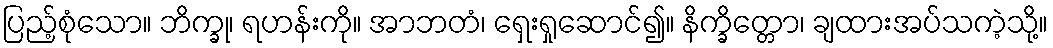
ပြည့်စုံသော။ ဘိက္ခု၊ ရဟန်းကို။ အာဘတံ၊ ရှေးရှုဆောင်၍။ နိက္ခိတ္တော၊ ချထားအပ်သကဲ့သို့။